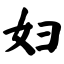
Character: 妇